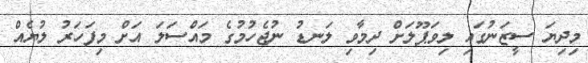
މިިދިޔަ ސީޒަނުގައި ލިވަޕޫލަށް ދިމާވި ލަނޑު ނުޖެހުމުގެ މައްސަލަ އަށް މިފަހަރު ލުޔެއް